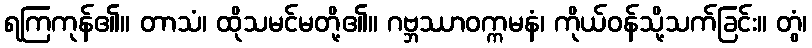
ရကြကုန်၏။ တာသံ၊ ထိုသမင်မတို့၏။ ဂဗ္ဘဿာဝက္ကမနံ၊ ကိုယ်ဝန်သို့သက်ခြင်း။ တွံ၊